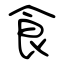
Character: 食